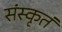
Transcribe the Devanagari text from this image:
संस्कृतं